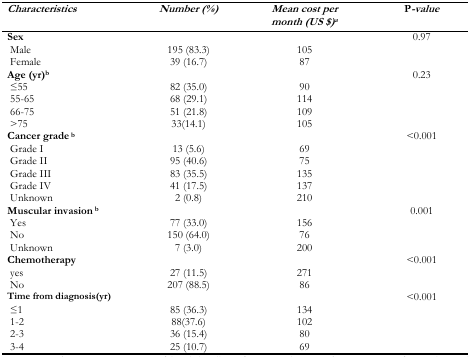
<table><thead><tr><td><b><i>Characteristics</i></b></td><td><b><i>Number (%)</i></b></td><td><b><i>Mean cost per month (US $)<sup>a</sup></i></b></td><td><b>P-<i>value</i></b></td></tr></thead><tbody><tr><td><b>Sex</b></td><td></td><td></td><td>0.97</td></tr><tr><td>Male</td><td>195 (83.3)</td><td>105</td><td></td></tr><tr><td>Female</td><td>39 (16.7)</td><td>87</td><td></td></tr><tr><td><b>Age (yr)<sup>b</sup></b></td><td></td><td></td><td>0.23</td></tr><tr><td>≤55</td><td>82 (35.0)</td><td>90</td><td></td></tr><tr><td>55–65</td><td>68 (29.1)</td><td>114</td><td></td></tr><tr><td>66–75</td><td>51 (21.8)</td><td>109</td><td></td></tr><tr><td>&gt;75</td><td>33(14.1)</td><td>105</td><td></td></tr><tr><td><b>Cancer grade <sup>b</sup></b></td><td></td><td></td><td>&lt;0.001</td></tr><tr><td>Grade I</td><td>13 (5.6)</td><td>69</td><td></td></tr><tr><td>Grade II</td><td>95 (40.6)</td><td>75</td><td></td></tr><tr><td>Grade III</td><td>83 (35.5)</td><td>135</td><td></td></tr><tr><td>Grade IV</td><td>41 (17.5)</td><td>137</td><td></td></tr><tr><td>Unknown</td><td>2 (0.8)</td><td>210</td><td></td></tr><tr><td><b>Muscular invasion <sup>b</sup></b></td><td></td><td></td><td>0.001</td></tr><tr><td>Yes</td><td>77 (33.0)</td><td>156</td><td></td></tr><tr><td>No</td><td>150 (64.0)</td><td>76</td><td></td></tr><tr><td>Unknown</td><td>7 (3.0)</td><td>200</td><td></td></tr><tr><td><b>Chemotherapy</b></td><td></td><td></td><td>&lt;0.001</td></tr><tr><td>Yes</td><td>27 (11.5)</td><td>271</td><td></td></tr><tr><td>No</td><td>207 (88.5)</td><td>86</td><td></td></tr><tr><td><b>Time from diagnosis (yr)</b></td><td></td><td></td><td>&lt;0.001</td></tr><tr><td>≤1</td><td>85 (36.3)</td><td>134</td><td></td></tr><tr><td>1–2</td><td>88(37.6)</td><td>102</td><td></td></tr><tr><td>2–3</td><td>36 (15.4)</td><td>80</td><td></td></tr><tr><td>3–4</td><td>25 (10.7)</td><td>69</td><td></td></tr></tbody></table>